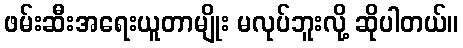
ဖမ်းဆီးအရေးယူတာမျိုး မလုပ်ဘူးလို့ ဆိုပါတယ်။